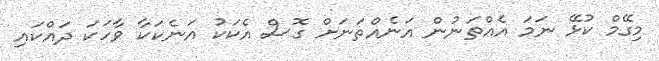
މިގޭމް ކުޅޭ ނަމަ އެއްތަނުން އަނެއްތަނަށް ގޮސް އެކަކު އަނެކަކާ ވާހަކަ ދައްކައި